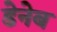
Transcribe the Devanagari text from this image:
डेनेब